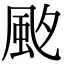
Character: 𩖡